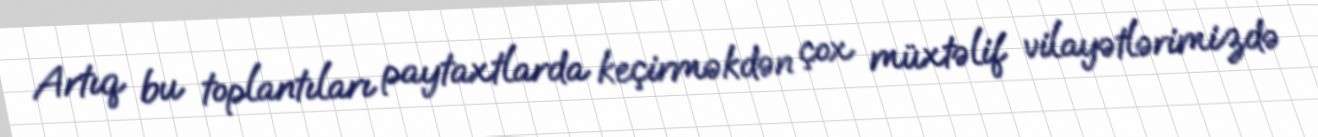
Artıq bu toplantıları paytaxtlarda keçirməkdən çox müxtəlif vilayətlərimizdə